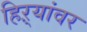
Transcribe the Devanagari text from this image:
हिऱ्यांवर